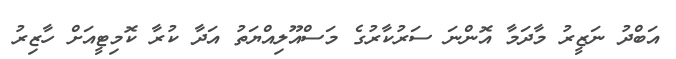
އަބްދު ނަޒީރު މާދަމާ އޮންނަ ސަރުކާރުގެ މަސްއޫލިއްޔަތު އަދާ ކުރާ ކޮމިޓީއަށް ހާޒިރު